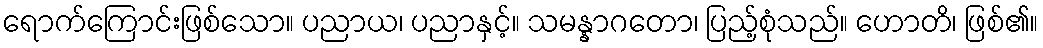
ရောက်ကြောင်းဖြစ်သော။ ပညာယ၊ ပညာနှင့်။ သမန္နာဂတော၊ ပြည့်စုံသည်။ ဟောတိ၊ ဖြစ်၏။